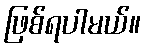
ဖြစ်ရပါမယ်။